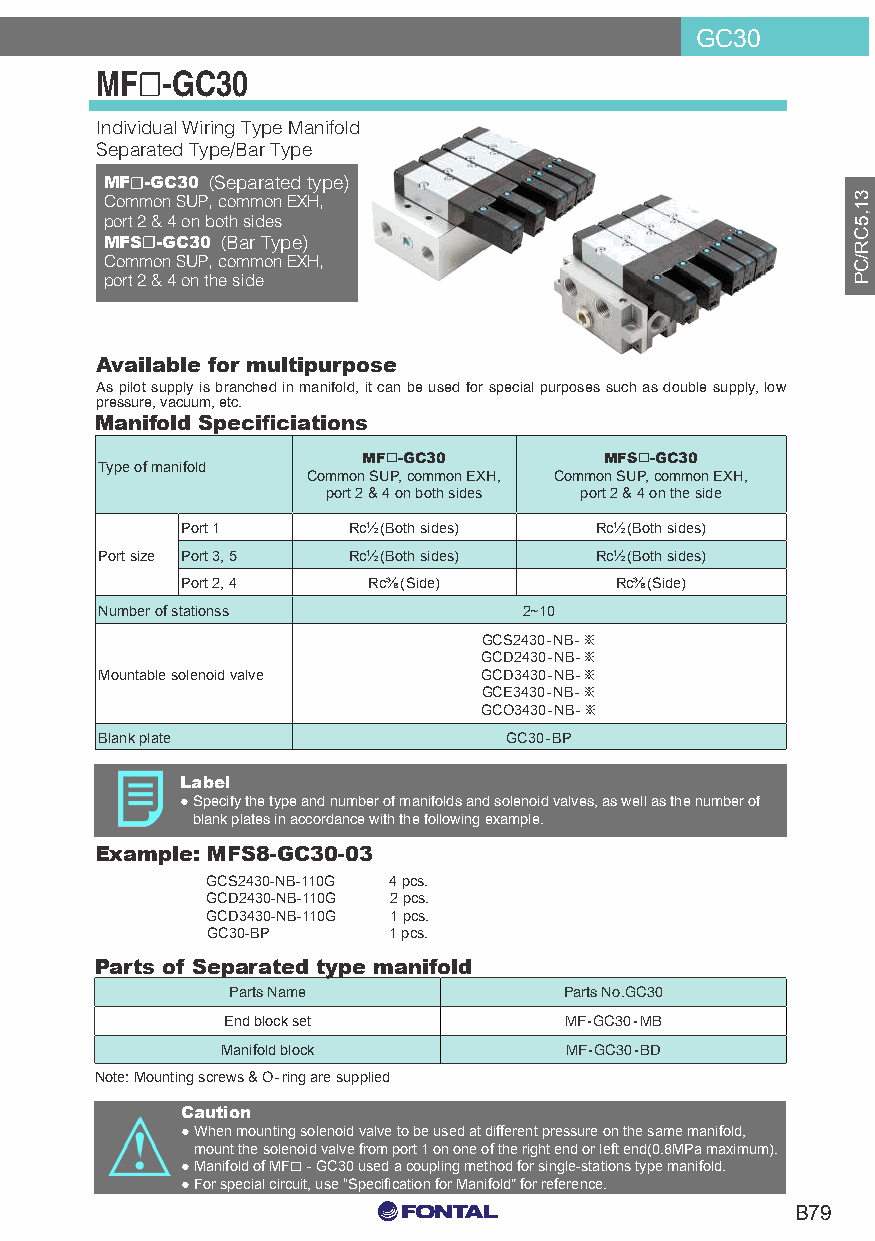
GC30
 MF☐-GC30
 Individual Wiring Type Manifold
 Separated Type/Bar Type
 MF☐-GC30 (Separated type)
 Common SUP, common EXH,
 port 2 & 4 on both sides
 MFS☐-GC30 (Bar Type)
 Common SUP, common EXH,
 port 2 & 4 on the side
 Available for multipurpose
 As pilot supply is branched in manifold, it can be used for special purposes such as double supply, low
 pressure, vacuum, etc.
 Manifold Specificiations
 MF☐-GC30        MFS☐-GC30
 Type of manifold
 Common SUP, common EXH, Common SUP, common EXH,
 port 2 & 4 on both sides port 2 & 4 on the side
 Port 1     Rc½(Both sides) Rc½(Both sides)
 Port size Port 3, 5 Rc½(Both sides) Rc½(Both sides)
 Port 2, 4   Rc⅜(Side)        Rc⅜(Side)
 Number of stationss         2~10
 GCS2430-NB-※
 GCD2430-NB-※
 Mountable solenoid valve GCD3430-NB-※
 GCE3430-NB-※
 GCO3430-NB-※
 Blank plate               GC30-BP
 Label
 ● Specify the type and number of manifolds and solenoid valves, as well as the number of
 blank plates in accordance with the following example.
 Example: MFS8-GC30-03
 GCS2430-NB-110G 4 pcs.
 GCD2430-NB-110G 2 pcs.
 GCD3430-NB-110G 1 pcs.
 GC30-BP     1 pcs.
 Parts of Separated type manifold
 Parts Name            Parts No.GC30
 End block set         MF-GC30-MB
 Manifold block        MF-GC30-BD
 Note: Mounting screws & O-ring are supplied
 Caution
 ● When mounting solenoid valve to be used at different pressure on the same manifold,
 mount the solenoid valve from port 1 on one of the right end or left end(0.8MPa maximum).
 ● Manifold of MF☐ - GC30 used a coupling method for single-stations type manifold.
 ● For special circuit, use “Specification for Manifold" for reference.
 C0 M0 Y15 K15
 B79
 C0 M0 Y0 K100
 C0 M0 Y0 K0
 31,5CR/CP